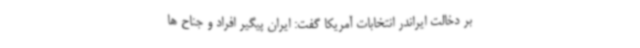
بر دخالت ایراندر انتخابات آمریکا گفت: ایران پیگیر افراد و جناح ها